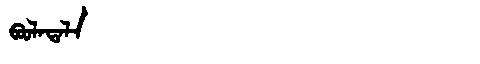
Manchu: ᠪᠣᠣᠯᠠᡨᠠᠯᠠ
Romanization: BOOLATALA